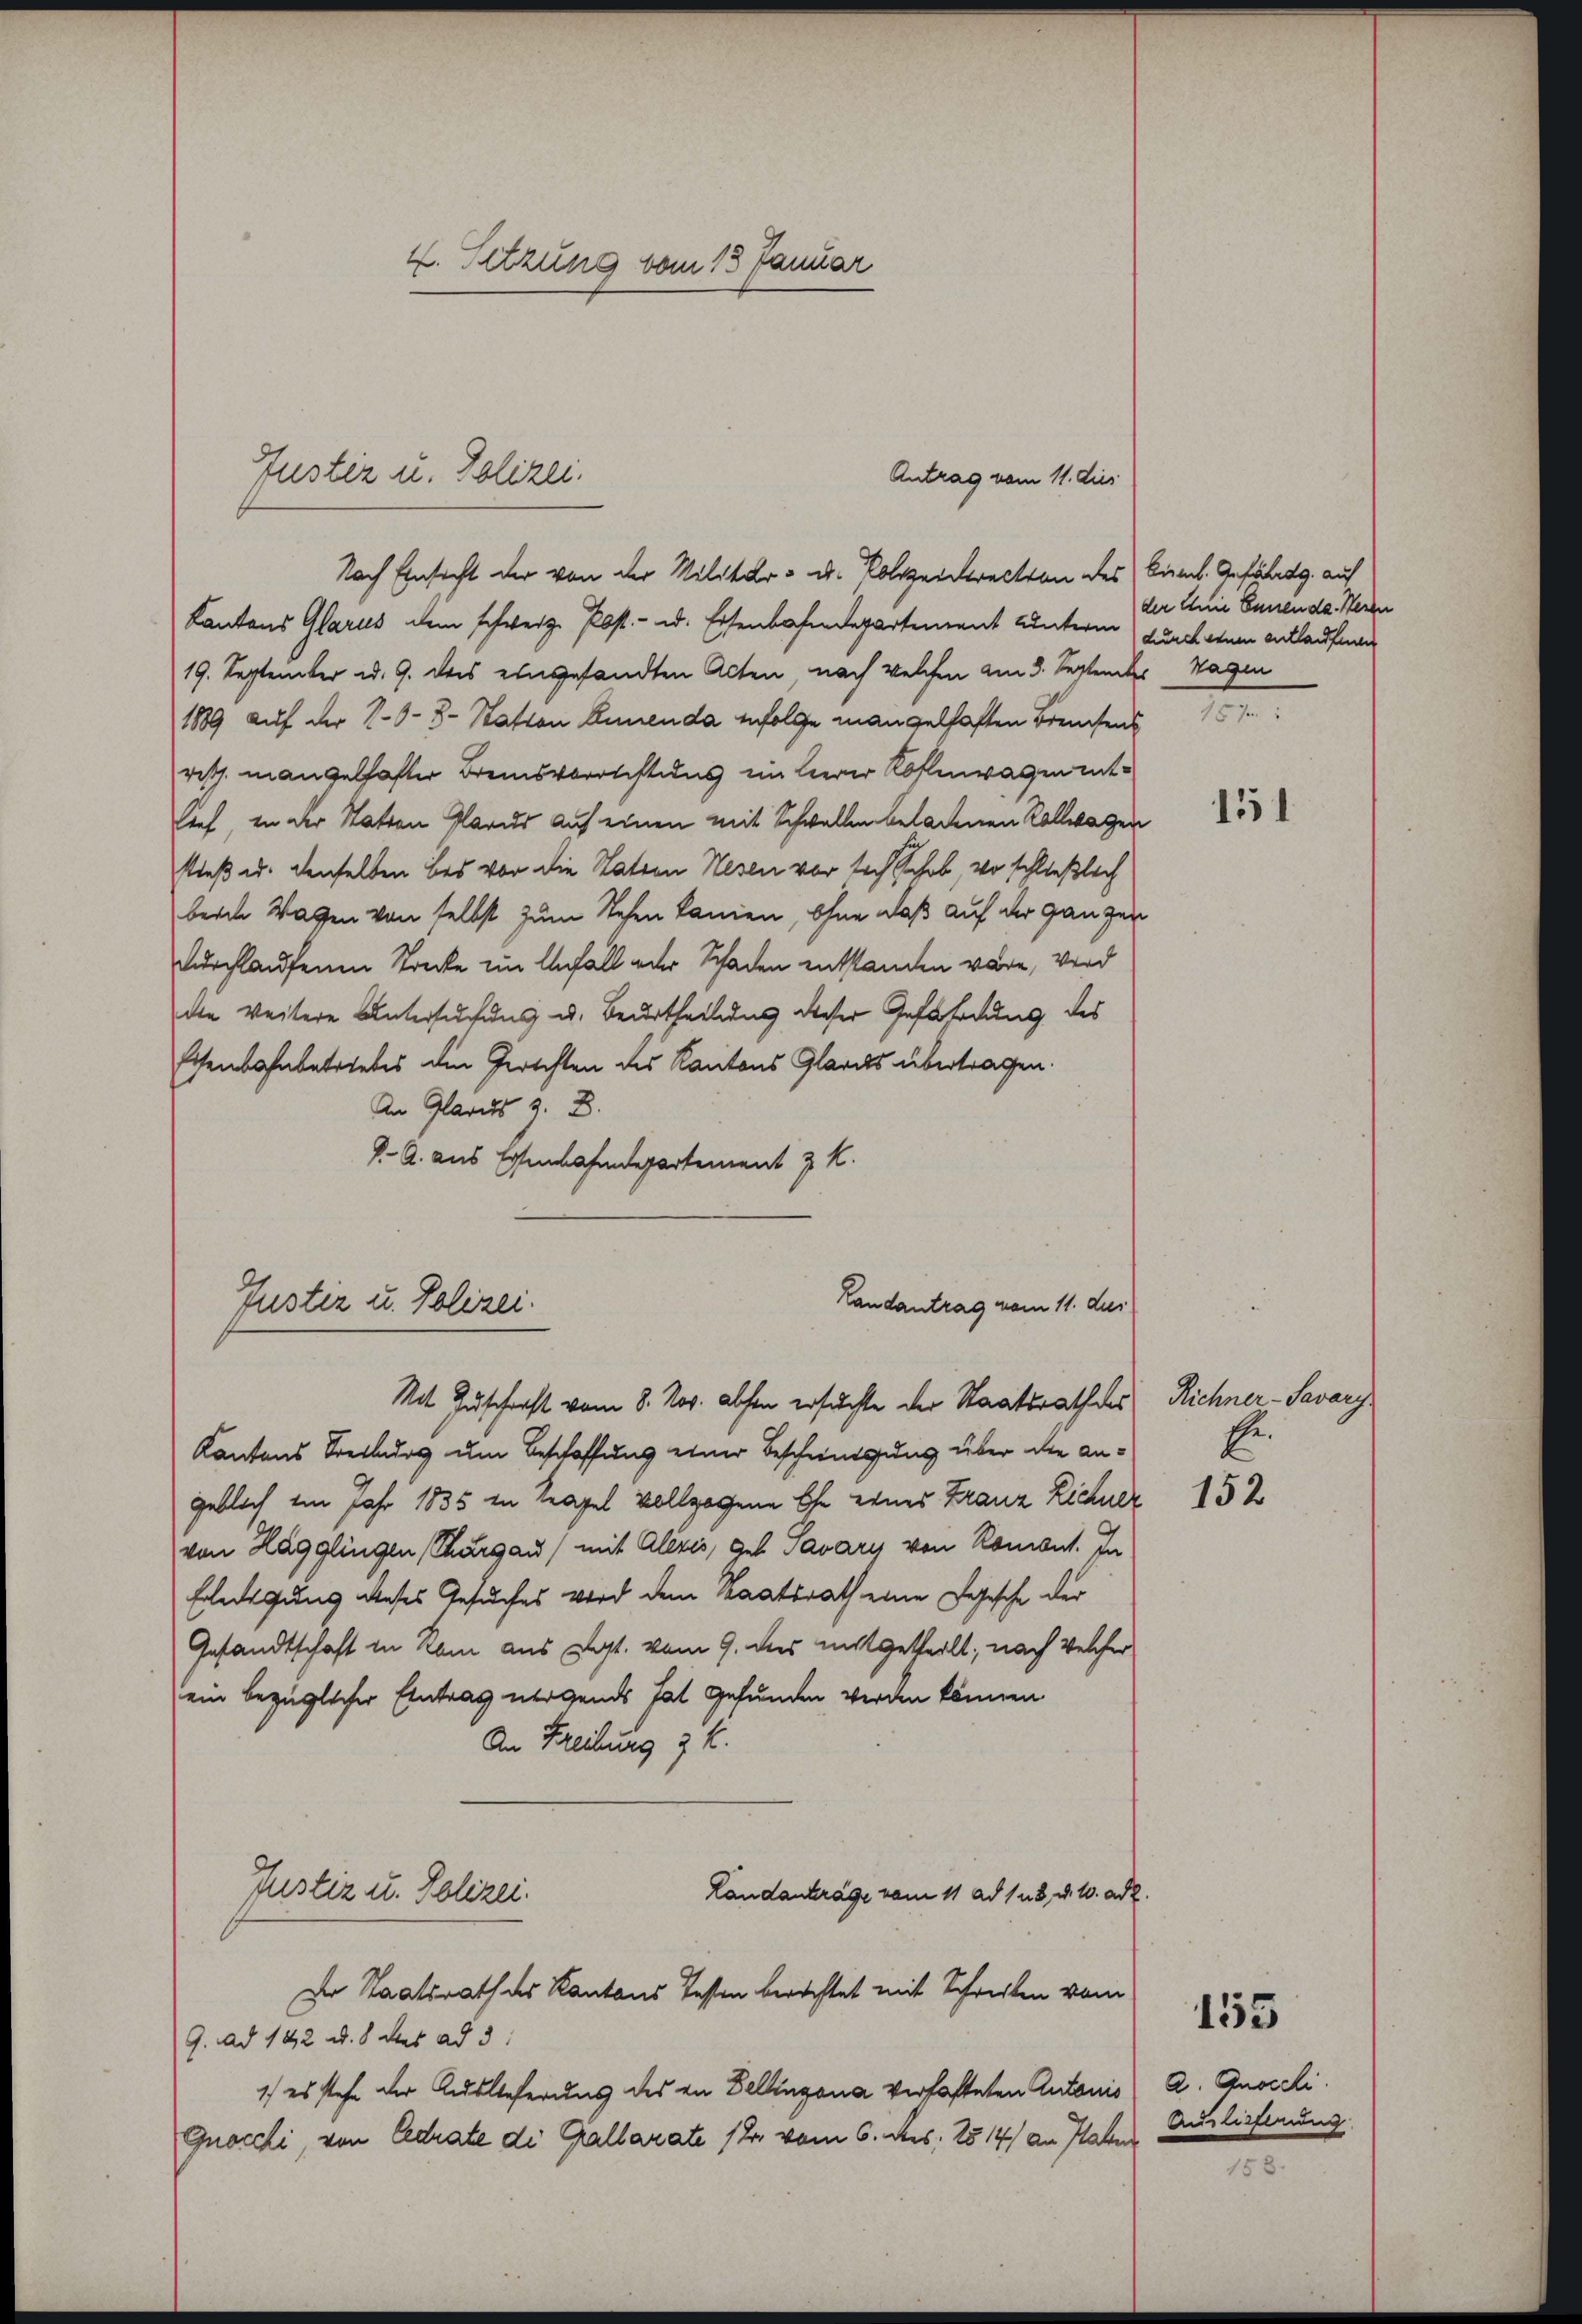
4. Setzung vom 13 Januar

Nach Einsicht der von der Militär- u. Polizeirection des Biel Gefährtg. auf
Kantons Glarus dem schweiz. Post- u. Eisenbahndepartement Unterm durch dem Entlaufna
19. September u. 9. dass eingesandten Acten, nach welchen am 3. September Wagen
1889 auf der N.O.B. Statten Annenda infolge mangelhaften Brentens 157
risch. mangelhafter Bremsverotstuus ein leerer Kostenwagen entlich in der Statten Glarus auf einen mit Schwellen beladenen Kollwagen
stieß u. denselben bei vor die Vatern Nesen vor sich schob vor schließlich
berde Wagen von selbst zum Stehen kamen, ohne daß auf der ganzen
durchlaufenen Trocke im Anfall oder Schaden entstanden wäre, wird
de weitere Untersuchung u. Beurtheilung dieser Gefahrung des
Eisenbahnbetriebes den Gerichten des Kantons Glarus übertragen.
An Glarus z. B.
V. A. aus Essenbahndepartement z. K.
Landantrag vom 11. dies
Justiz u. Polizei.

Justiz u. Polizei.
Antrag vom 11. dies

Mit Zuschrift vom 8. Nov. absen ersuchte der Staatsrath des

Kantons Streiburg um Beschaffung einer Bescheinigung über die angeblich im Jahr 1835 in Kapel vollzogene Ehe eines Franz Lichner 15 x
von Hägglingen Thurgau) mit Alexis, geb. Savary von Romont. In
Erledigung dieses Gesuches wird dem Staatsrath eine Logische der
Gesandtschaft in Rom aus Post. vom 9. des mitgetheilt; nach Welcher
ein bezüglicher Eintrag nirgends hat gefunden werden können
An Freibung 3. k.
Justiz u. Polizei.
Landanträge vom 11 ad 18. d. 1. ad 2.
Der Staatsrath des Kantons Tessen berichtet mit Schreiben vom
9. ad 142 u. 8 des ad 3.
1) es stehe der Auslieferung des in Bellinzona verhafteten Antonis a. Anoceli.
Gnocchi, von Cedrate di Gallarate (2 vom 6. des, 2514) an Haber

der Eine Ennen da. Herzen

151

Richner-Savary
Ge.

Auslieferung

155